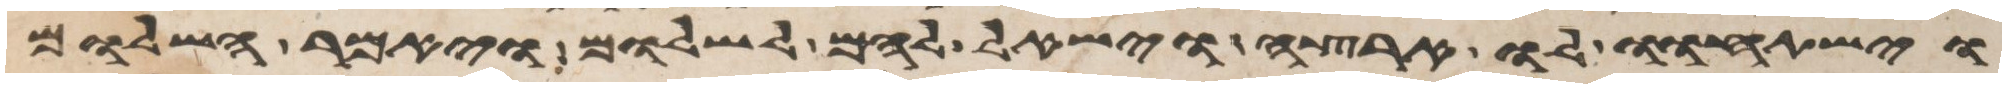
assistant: וישתחוו לו ארצה וישאל להם לשלום ויאמר השלום